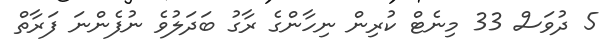
5 ދުވަސް 33 މިނެޓް ކުރިން ނިހާންގެ ރާގު ބަދަލުވެ ނުފެންނަ ފަރާތް